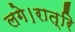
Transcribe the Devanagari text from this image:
लगे।रात्रि